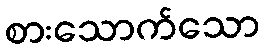
စားသောက်သော